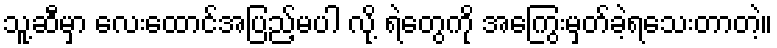
သူ့ဆီမှာ လေးထောင်အပြည့်မပါ လို့ ရဲတွေကို အကြွေးမှတ်ခဲ့ရသေးတာတဲ့။